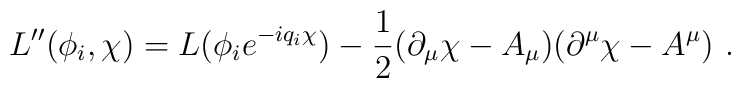
L''(\phi_i,\chi) = L(\phi_i e^{-iq_i\chi}) - \frac{1}{2}(\partial_\mu \chi - A_\mu) (\partial^\mu \chi - A^\mu)\ .